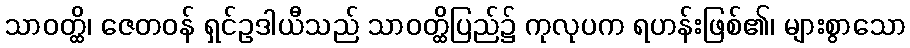
သာဝတ္ထိ၊ ဇေတဝန် ရှင်ဥဒါယီသည် သာဝတ္ထိပြည်၌ ကုလုပက ရဟန်းဖြစ်၏၊ များစွာသော